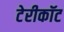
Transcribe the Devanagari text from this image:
टेरीकॉट